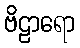
ဗိဠာရော